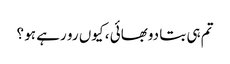
تم ہی بتا دوبھائی ، کیوں رو رہے ہو ؟